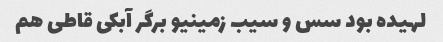
لهیده بود سس و سیب زمینیو برگر آبکی قاطی هم